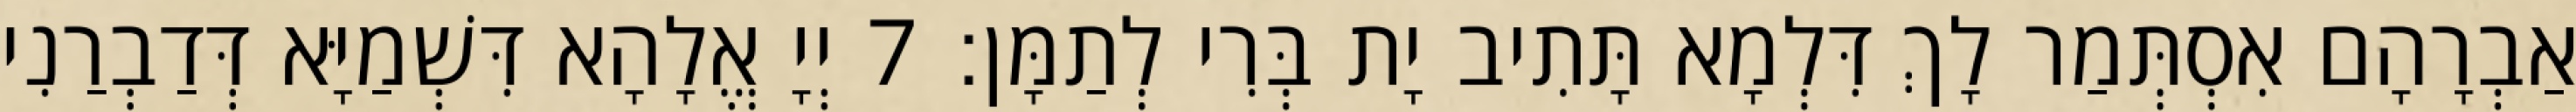
אַבְרָהָם אִסְתְּמַר לָךְ דִּלְמָא תָּתִיב יָת בְּרִי לְתַמָּן׃ 7 יְיָ אֱלָהָא דִּשְׁמַיָּא דְּדַבְרַנִי